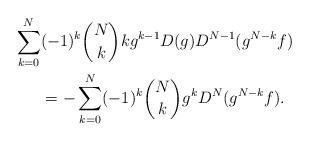
LaTeX: \begin{align*}\sum_{k=0}^N&(-1)^k\binom{N}{k}kg^{k-1}D(g)D^{N-1}(g^{N-k}f)\\&=-\sum_{k=0}^N(-1)^k\binom{N}{k}g^kD^N(g^{N-k}f).\end{align*}